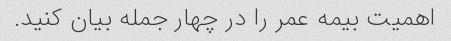
اهمیت بیمه عمر را در چهار جمله بیان کنید.